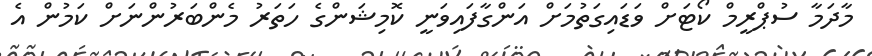
މާދަމާ ސުޕްރީމް ކޯޓަށް ވަޑައިގަތުމަށް އަންގާފައިވަނީ ކޮމިޝަންގެ ހަތަރު މެންބަރުންނަށް ކަމުން އެ